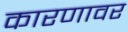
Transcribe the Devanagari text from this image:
कारणावर